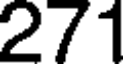
271